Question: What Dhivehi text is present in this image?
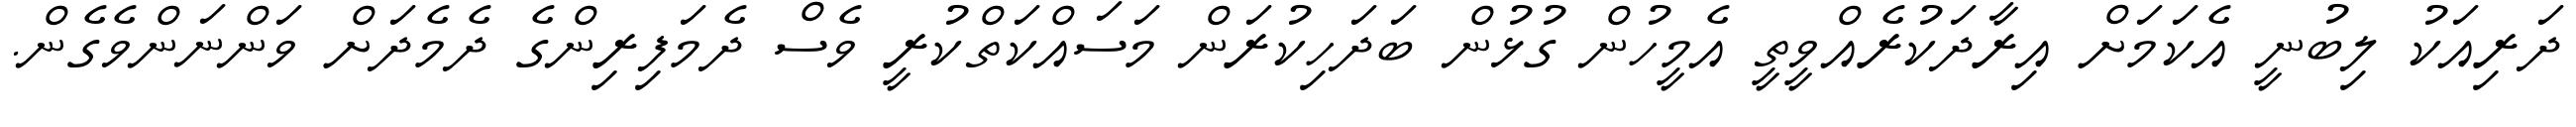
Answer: ދަރިއަކު ލިބުނީ އެކަމަށް އިރާދަކުރެއްވީތީ އެމީހުން ގުޅުން ބަދަހިކުރަން މަސައްކަތްކުރީ ވެސް ދެމަފިރިންގެ ދެމެދަށް ވަންނަންވެގެން.